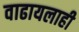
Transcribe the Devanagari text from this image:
वाढायलाही